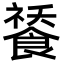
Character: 𩜸